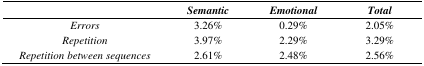
|  | Semantic | Emotional | Total |
 | --- | --- | --- | --- |
 | Errors | 3.26% | 0.29% | 2.05% |
 | Repetition | 3.97% | 2.29% | 3.29% |
 | Repetition between sequences | 2.61% | 2.48% | 2.56% |